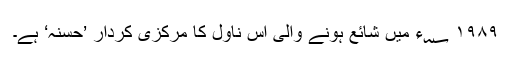
۱۹۸۹ ؁ء میں شائع ہونے والی اس ناول کا مرکزی کردار ’حسنہ‘ ہے۔